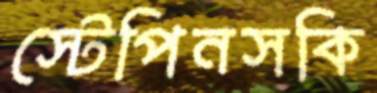
স্টেপিনসকি